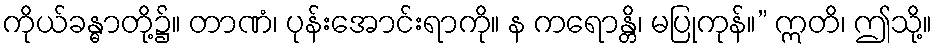
ကိုယ်ခန္ဓာတို့၌။ တာဏံ၊ ပုန်းအောင်းရာကို။ န ကရောန္တိ၊ မပြုကုန်။” ဣတိ၊ ဤသို့။